Annual report of the Civil Veterinary Department, Bengal, and of the Bengal Veterinary College, for the year 1900-1901 - 1900-1901
Year: 1900
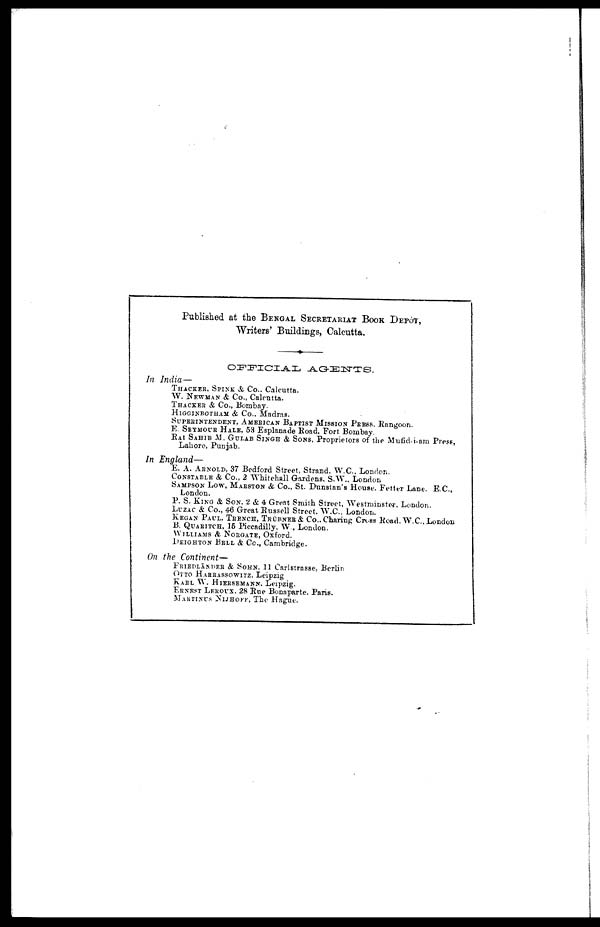
Published at the BENGAL SECRETARIAT BOOK DEPOT,
Writers' Buildings, Calcutta.
OFFICIAL
AGENTS.
In India—
THACKER, SPINK & Co., Calcutta.
W. NEWMAN & Co., Calcutta.
THACKER & Co., Bombay.
HIGGINBOTHAM & Co., Madras.
SUPERINTENDENT, AMERICAN BAPTIST MISSION PRESS. Rangoon.
E. SEYMOUR HALE, 53 Esplanade Road, Fort Bombay.
RAI SAHIB M. GULAB SINGH & SONS, Proprietors of the Mufid-i-am Press,
Lahore, Punjab.
In England—
E. A. ARNOLD, 37 Bedford Street, Strand, W.C., London.
CONSTABLE & Co., 2 Whitehall Gardens, S.W.. London
SAMPSON LOW, MARSTON & Co., St. Dunstan's House. Fetter Lane, E.G.,
London.
P. S. KING & SON, 2 & 4 Great Smith Street, Westminster, London.
LUZAC & Co., 46 Great Russell Street. W.C.. London.
KEGAN PAUL, TEENCH, TRÜBNER &CO.. Charing Cross Road. W.C.. London
B. QUARITCH, 15 Piccadilly, W , London.
WILLIAMS & NORGATE, Oxford.
DEIGHTON BELL & Co., Cambridge.
On the Continent—
FRIEDLÄNDER & SOHN, 11 Carlstrasse, Berlin
OTTO HARRASSOWITZ, Leipzig
KARL W. HIERSEMANN. Leipzig.
ERNEST LEROUX. 28 Rue Bonaparte, Paris.
MARTINUS NIJHOFF, The Hague.